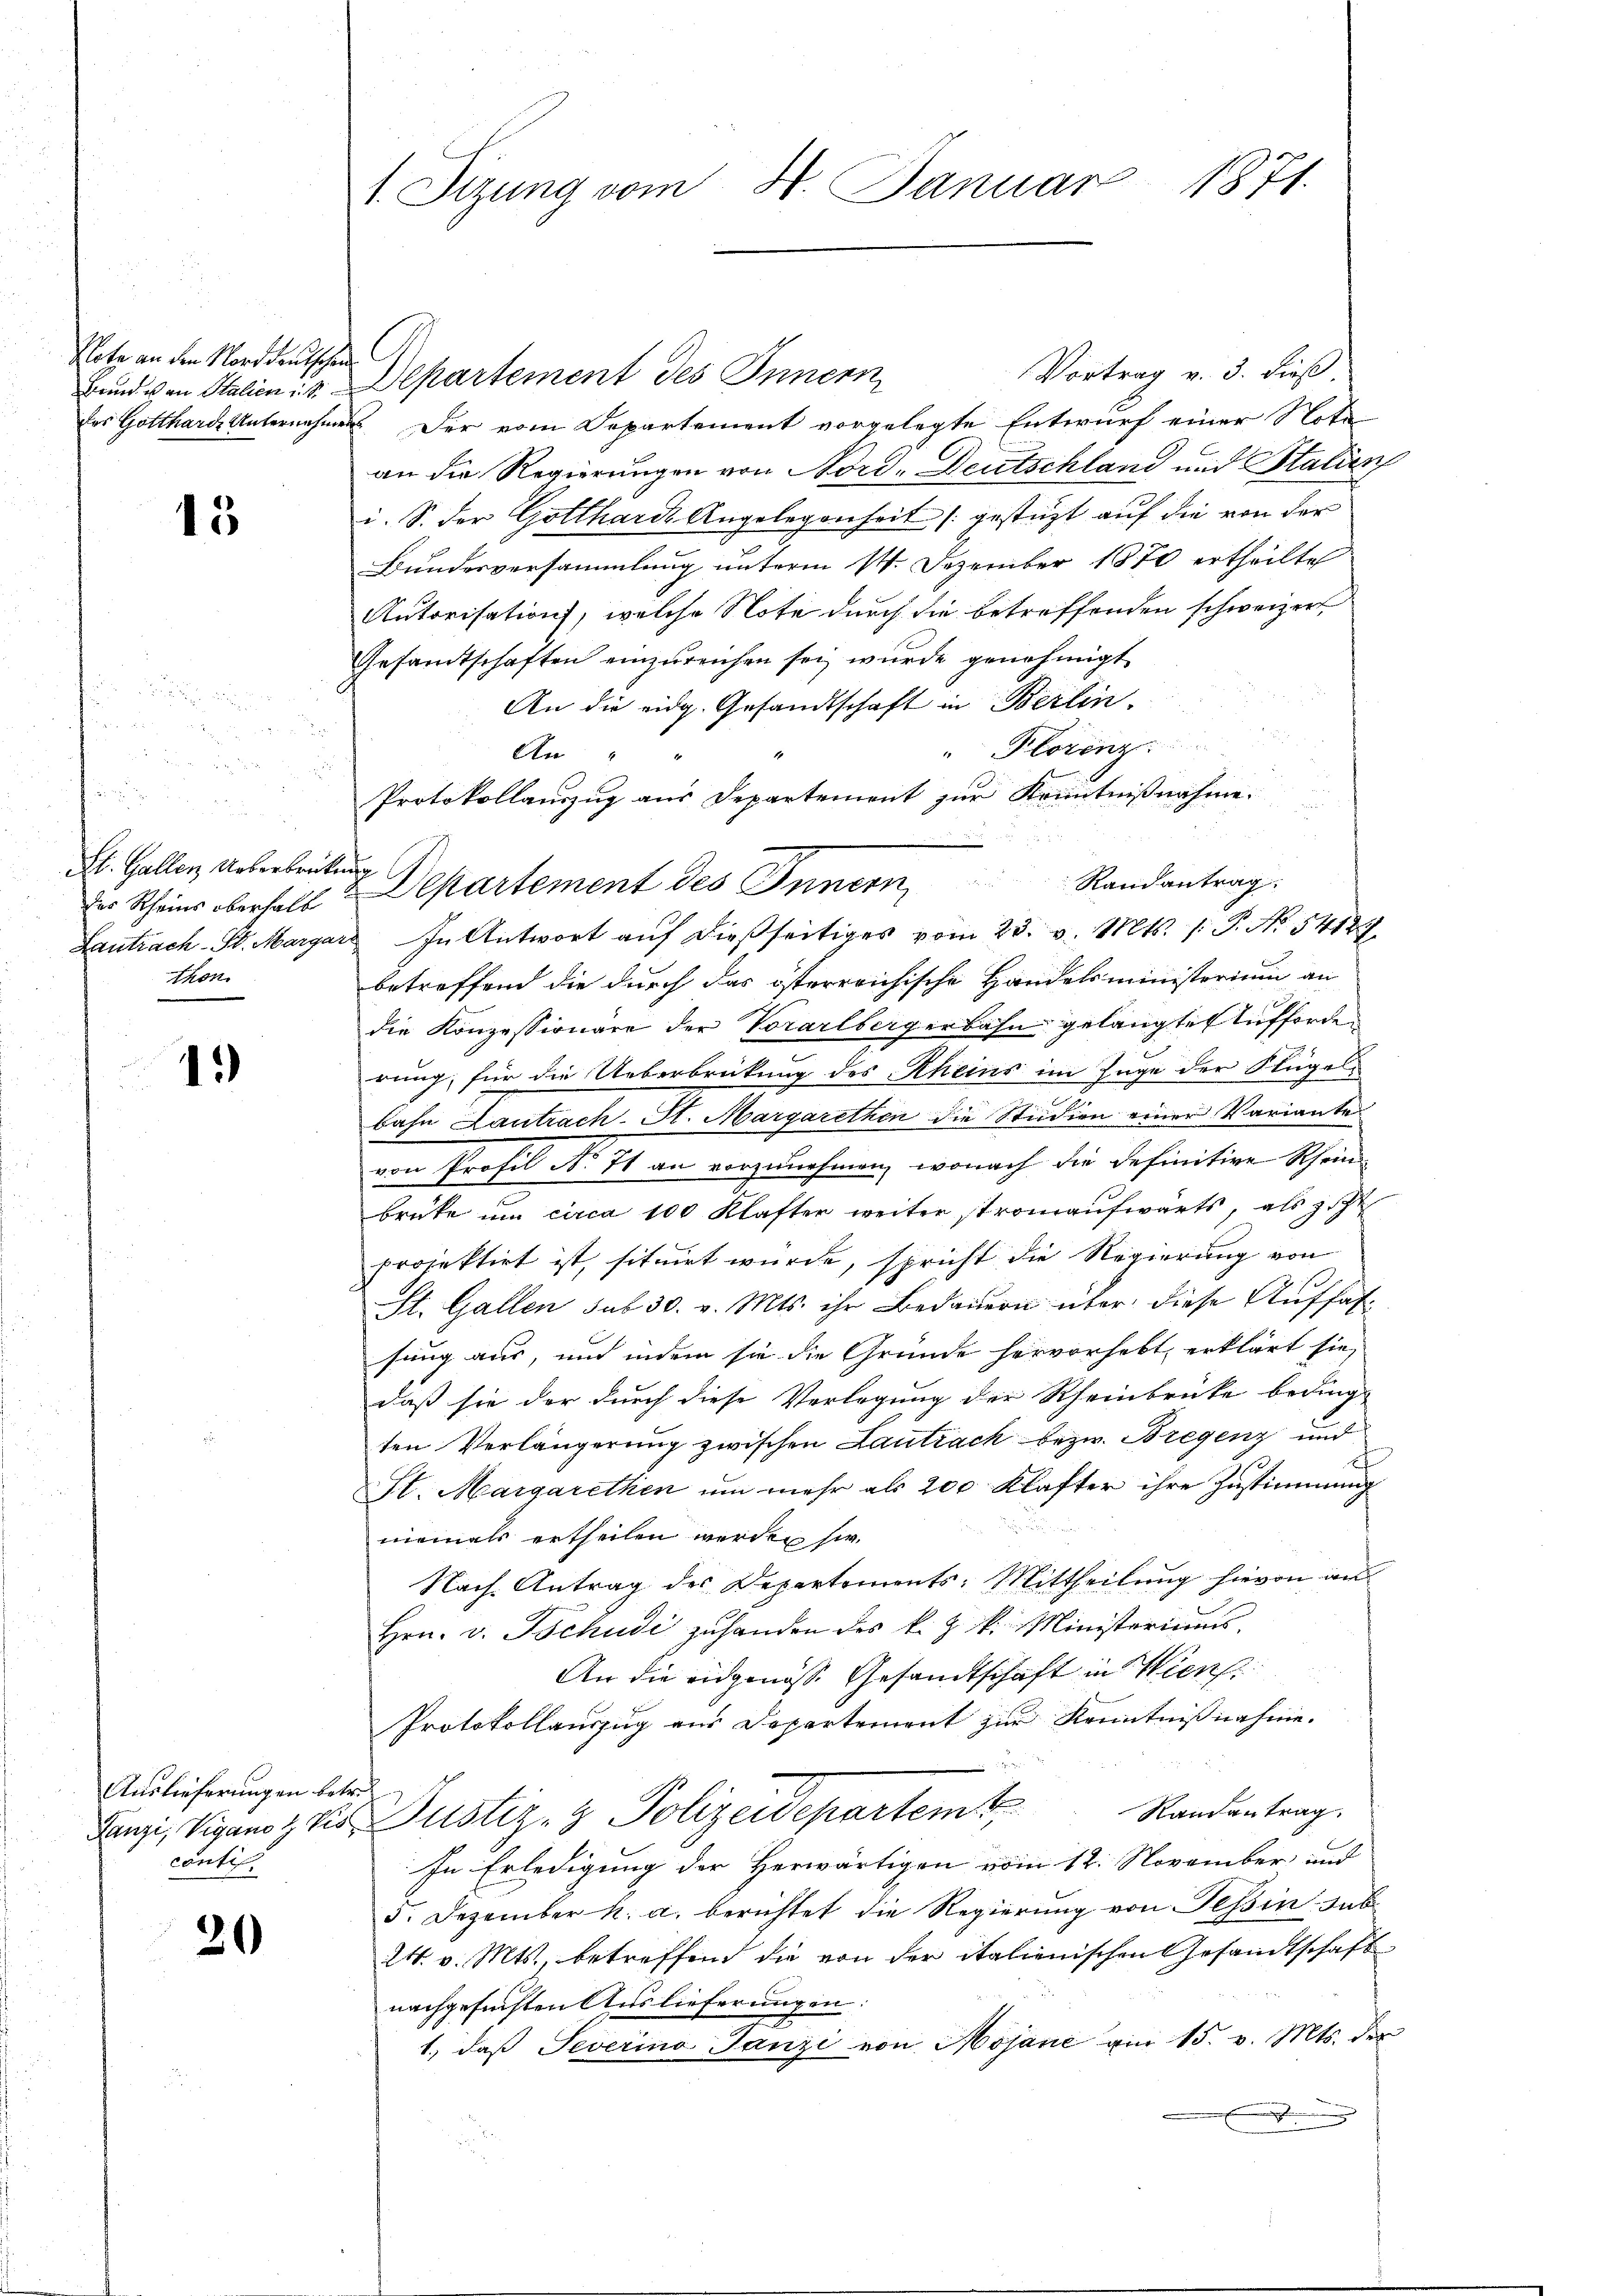
Note an den Norddeutschen

13

St. Gallen Ueberbrückung
der Rheins oberhalb
thon.

1.)

Auslieferungen betre
conti

20

Vortrag v. 3. dieß.
Bund von Italienis. Departement des Innern
des Gottharde Unternehmen. Der vom Departement vorgelegte Entwurf einer Nota
an die Regierungen von Nord-Deutschland und Stalien
i. S. der Gotthard Angelegenheit (gestüzt auf die von der
Bundesversammlung unterm 14. Dezember 1870 ertheilte
Autorisation, welche Note durch die betreffenden schweizer
Gesamtschaften einzureichen sei, wurde genehmigt
An die eidg. Gesandtschaft in Berlin.
"Plorenz
1
An " "
Protokollauszug aus Departement zur Kenntnißnahme.
Lantrach St. Margar. In Antwort aŭf dießseitiges vom 23. v. Mts. /: P. Nr. 54187
betreffend die durch das österreichische Handelsministerien an
die Konzessionäre der Vorarlbergerbahn gelangte Aufforderung, für die Ueberbrückung des Rheins im Zuge der Flügel
bahn Lantrach-St. Margarethen die Studion einer Variante
von Profil N. 11 an vorzunehmen, wonach die definitive Rhein-
brüke um circa 100 Klafter weiter stromaufwärts, als geht
projektirt ist, situirt würde, spricht die Regierung von
St. Gallen sub 30. v. Mts. ihr Bedauern über diese Auffassung aus, und indem sie die Gründe hervorhebt, erklärt sie,
daß sie der durch diese Verlegung der Rheinbrücke beding-
ten Verlängerung zwischen Lantrach bezw. Bregenz und
St. Margarethen um mehr als 200 Klafter ihre Zustimmung
niemals ertheilen werden hin.
Nach Antrag des Departements: Mittheilung hievon an
Hrn. v. Tschudi zu handen des k. k. k. Ministeriums.
An die eidgenosse Gesandtschaft in Wien
Protokollauszug aus Departement zur Kenntnißnahme.
Randantrag.
Lanzi, Vigano i tit. Justiz- & Polizeidepartemt
In Erledigung der Herwärtigen vom 12. November und
5. Dezember k. a. berichtet die Regierung von Tessin sub
24. v. Mts., betreffend die von der italienischen Gesandtschaft
nachgesuchten Auslieferungen:
1., daß Severino Janzi von Mojane am 15. v. Mts. der
.

1. Sizung vom H. Januar 1871.

Departement des Innern Randantrag.